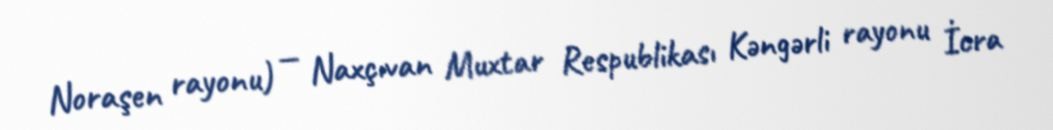
Noraşen rayonu) — Naxçıvan Muxtar Respublikası Kəngərli rayonu İcra